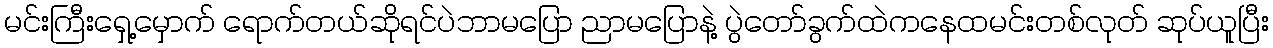
မင်းကြီးရှေ့မှောက် ရောက်တယ်ဆိုရင်ပဲဘာမပြော ညာမပြောနဲ့ ပွဲတော်ခွက်ထဲကနေထမင်းတစ်လုတ် ဆုပ်ယူပြီး